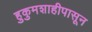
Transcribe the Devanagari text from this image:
हुकुमशाहीपासून